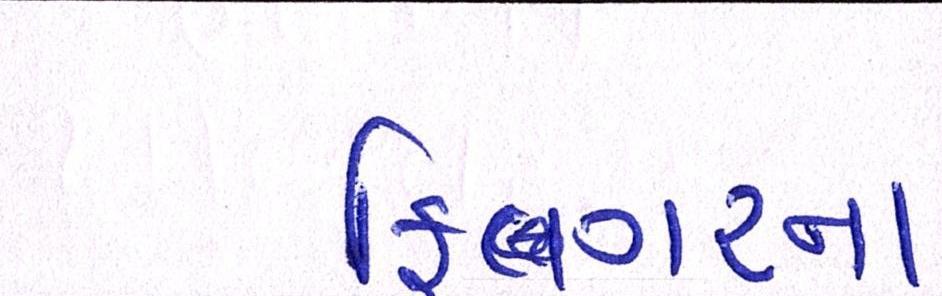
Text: ફિંગરના